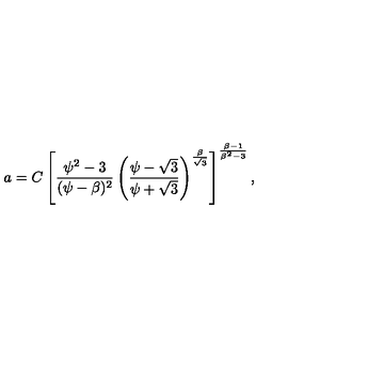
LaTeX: a = C \left[ \frac { \psi ^ { 2 } - 3 } { ( \psi - \beta ) ^ { 2 } } \left( \frac { \psi - \sqrt 3 } { \psi + \sqrt 3 } \right) ^ { \frac { \beta } { \sqrt 3 } } \right] ^ { \frac { \beta - 1 } { \beta ^ { 2 } - 3 } } ,